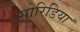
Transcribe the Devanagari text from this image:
सोरिडिया